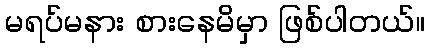
မရပ်မနား စားနေမိမှာ ဖြစ်ပါတယ်။